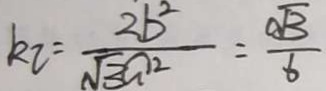
k _ { 2 } = \frac { 2 b ^ { 2 } } { \sqrt { 3 } a ^ { 2 } } = \frac { \sqrt { 3 } } { 6 }